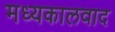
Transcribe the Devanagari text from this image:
मध्यकालवाद